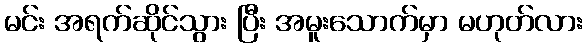
မင်း အရက်ဆိုင်သွား ပြီး အမူးသောက်မှာ မဟုတ်လား